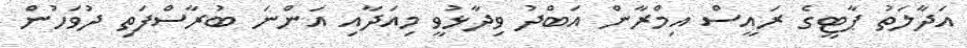
އަދާލަތު ޕާޓީގެ ރައީސް އިމްރާން އަބްދު ވިދާޅުވީ މިއަދާއި އަންނަ ބުރާސްފަތި ދުވަހުން